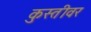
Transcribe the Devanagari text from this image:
कुस्तीवर